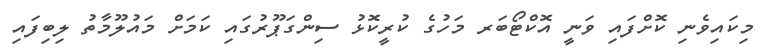
މިކައިވެނި ކޮށްފައި ވަނީ އޮކްޓޯބަރ މަހުގެ ކުރީކޮޅު ސިންގަޕޫރުގައި ކަމަށް މައުލޫމާތު ލިބިފައި